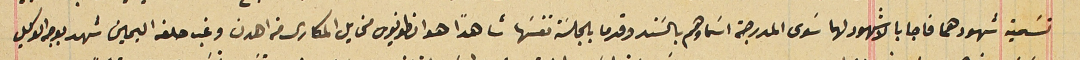
تسَمية شهودهما فاجابا بالا شهود لهما سَوى المدرجة اسَماوهم بالسَند وقدما بالجلسَة نفسَها شاهداً هو انطونيوس مخايل المكارى من اهدن وغب حلفه اليمين شهد بوجه الوكيل